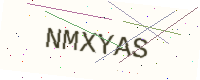
Text: NMXYAS